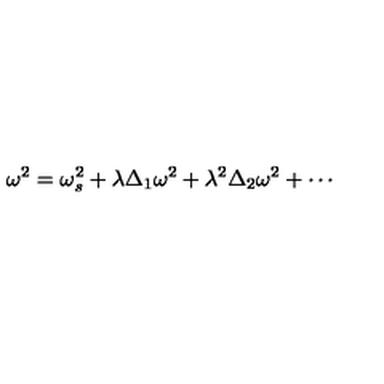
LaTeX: \omega ^ { 2 } = \omega _ { s } ^ { 2 } + \lambda \Delta _ { 1 } \omega ^ { 2 } + \lambda ^ { 2 } \Delta _ { 2 } \omega ^ { 2 } + \cdots